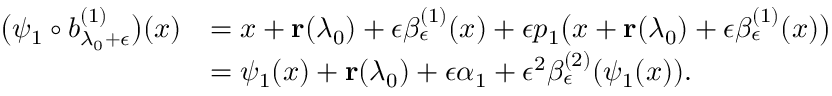
\begin{array} { r l } { \big ( \psi _ { 1 } \circ b _ { \lambda _ { 0 } + \epsilon } ^ { ( 1 ) } \big ) ( x ) } & { = x + \mathbf r ( \lambda _ { 0 } ) + \epsilon \beta _ { \epsilon } ^ { ( 1 ) } ( x ) + \epsilon p _ { 1 } \big ( x + \mathbf r ( \lambda _ { 0 } ) + \epsilon \beta _ { \epsilon } ^ { ( 1 ) } ( x ) \big ) } \\ & { = \psi _ { 1 } ( x ) + \mathbf r ( \lambda _ { 0 } ) + \epsilon \alpha _ { 1 } + \epsilon ^ { 2 } \beta _ { \epsilon } ^ { ( 2 ) } ( \psi _ { 1 } ( x ) ) . } \end{array}